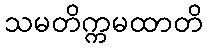
သမတိက္ကမထာတိ